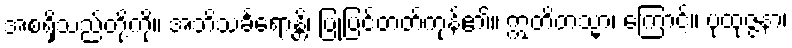
အစရှိသည်တို့ကို။ အဘိသင်္ခရောန္တိ၊ ပြုပြင်တတ်ကုန်၏။ ဣတိတသ္မာ၊ ကြောင့်။ ပုထုဇ္ဇနာ၊